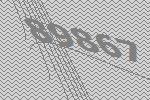
89867